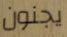
يجنون